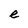
Character: e